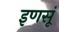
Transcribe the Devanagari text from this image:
इणसूं